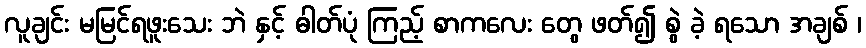
လူချင်း မမြင်ရဖူးသေး ဘဲ နှင့် ဓါတ်ပုံ ကြည့် စာကလေး တွေ ဖတ်၍ စွဲ ခဲ့ ရသော အချစ် ၊